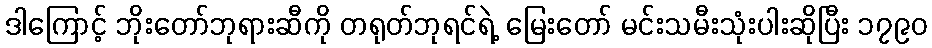
ဒါကြောင့် ဘိုးတော်ဘုရားဆီကို တရုတ်ဘုရင်ရဲ့ မြေးတော် မင်းသမီးသုံးပါးဆိုပြီး ၁၇၉၀